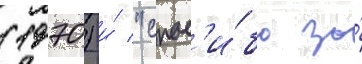
(1970) и́ "спас'и́бо за́